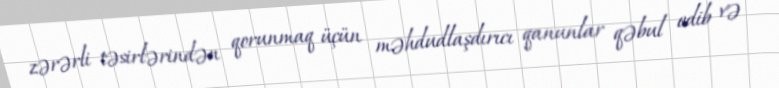
zərərli təsirlərindən qorunmaq üçün məhdudlaşdırıcı qanunlar qəbul edib və